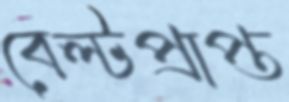
বেল্টপ্রাপ্ত